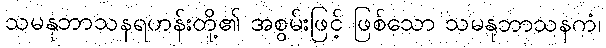
သမနုဘာသနရဟန်းတို့၏ အစွမ်းဖြင့် ဖြစ်သော သမနုဘာသနကံ၊